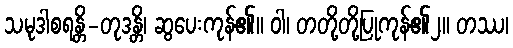
သမုဒါစရန္တိ-တုဒန္တိ၊ ဆွပေးကုန်၏။ ဝါ၊ တတို့တို့ပြုကုန်၏၂။ တဿ၊